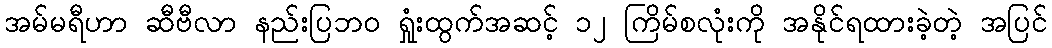
အမ်မရီဟာ ဆီဗီလာ နည်းပြဘ၀ ရှုံးထွက်အဆင့် ၁၂ ကြိမ်စလုံးကို အနိုင်ရထားခဲ့တဲ့ အပြင်